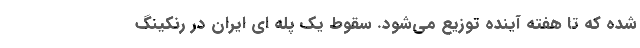
شده که تا هفته آینده توزیع می‌شود. سقوط یک پله ای ایران در رنکینگ